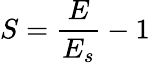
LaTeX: S=\frac{E}{E_{s}}-1